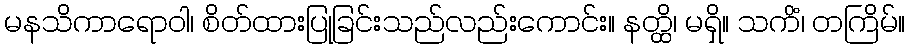
မနသိကာရောဝါ၊ စိတ်ထားပြုခြင်းသည်လည်းကောင်း။ နတ္ထိ၊ မရှိ။ သကိံ၊ တကြိမ်။